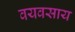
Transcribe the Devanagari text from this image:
वयवसाय